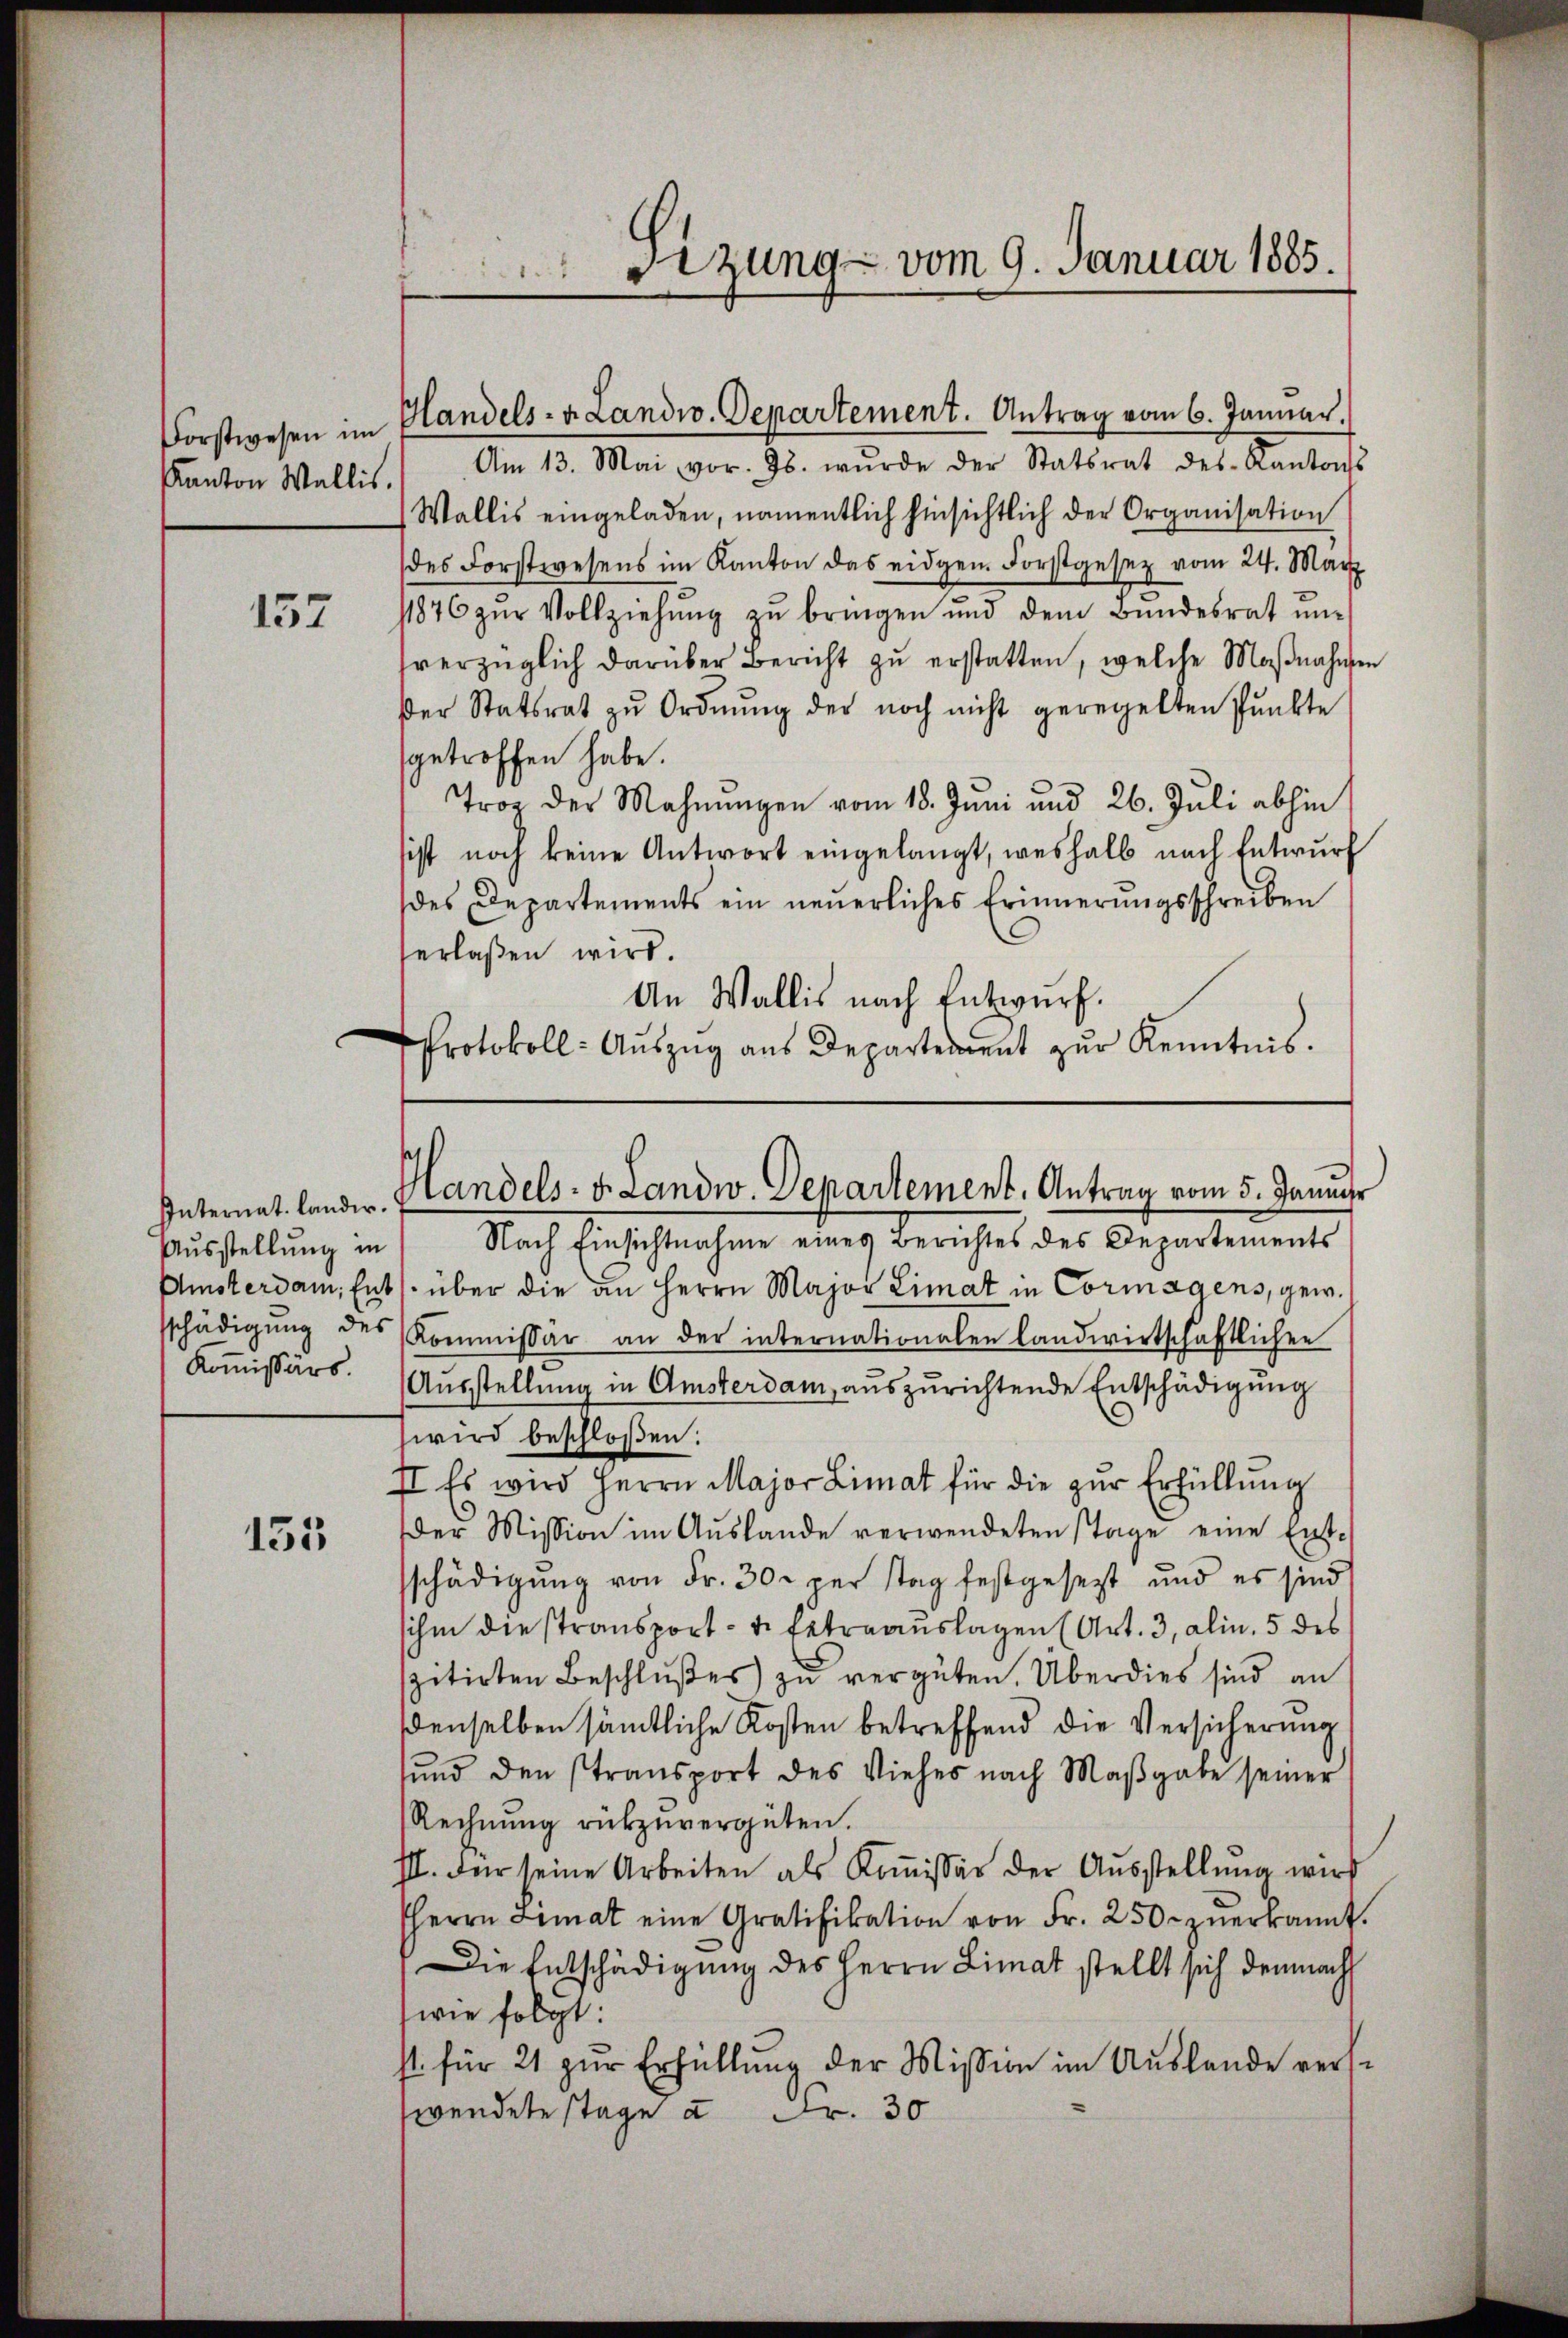
Forstwesen im
Kanton Wallis.

157

Ausstellung in
Kommissärs.

155

Am 13. Mai vor. Js. wurde der Statsrat des Kantonss
Wallis eingeladen, namentlich hinsichtlich der Organisation
des Forstwesens im Kanton das eidgen. Forstgesetz vom 24. März
11876 zŭr Vollziehŭng zŭ bringen und dem Bŭndesrat ŭn-
sverzüglich darüber Bericht zu erstatten, welche Maßnahmen
der Statsrat zŭ Ordnŭng der noch nicht geregelten Pŭnkte
sgetroffen habe.
Trog der Mahnungen vom 18. Juni und 26. Juli abhin
sist noch keine Antwort eingelangt, weshalb nach Entwurf
des Departements ein neuerliches Erinnerungsschreiben
erlaßen wird.
An Wallis nach Entwurf.
Protokoll: Aŭszŭg aŭs Departement zŭr Kenntnis.

sizung vom 9. Januar 1885.
.

Handels- Landw. Departement. Antrag vom 6. Januar.

Internat lander. Handels- v. Landw. Departement. Antrag vom 5. Januar

Nach Einsich nehmen eing beriches des Begartements
Amsterdam, Ents. über die an Herrn Major Limat in Cormagens, gew.
sschädigŭng des Kommissär an der internationalen landwirtschaftlichen
Ausstellung in Amsterdam, auszurichtende Entschädigung
wird beschloßen:
II Es wird Herrn Major Limat für die zŭr Erfüllŭng
der Mission im Aŭslande verwendeten Tage eine Ent-
schädigung von Fr. 30. per stag festgesezt und es sind
ihm die stransport- u. Extraauslagen (Art. 3, alin, 5 des
spitirten Beschlußes zu vergüten. Überdies sind an
denselben sämtliche Kosten betreffend die Versicherung
sund den stransport des Viehes nach Maβgabe seiner
Rechnŭng rükzŭvergüten.
III. Für seine Arbeiten als Koṁissär der Aŭsstellung wird
HHerrn Limat eine Gratifikation von Fr. 250. zŭerkannt.
Die Entschädigung des Herrn Limat stellt sich demnach
wie folgt:
st. für 21 zur Erfüllung der Mission im Auslande verswendete stage à Fr. 30